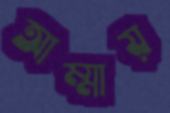
আম্মায়